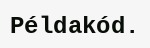
Példakód.